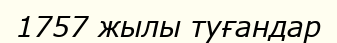
1757 жылы туғандар